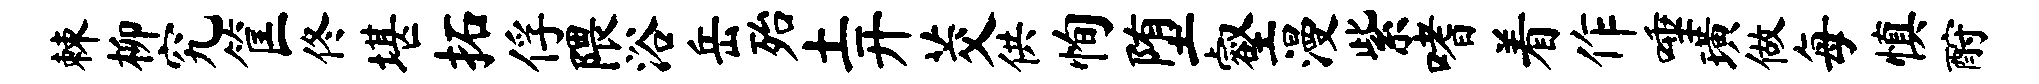
棘柳究筐佟堪拓俘隈浴岳殆土开茭供恂堕壑漫紫嗜着作唾璜做每慎酹